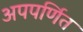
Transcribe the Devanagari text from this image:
अपपर्णित